画像に写った文字を読んでください
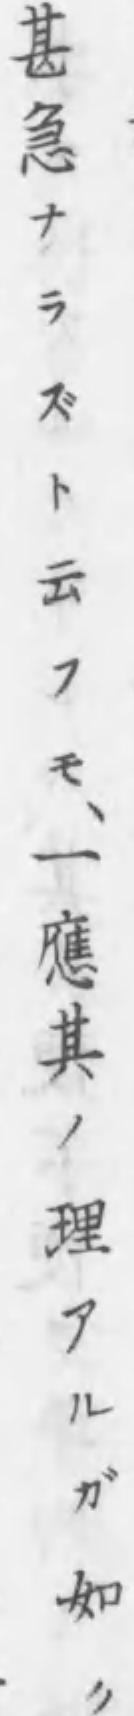
「甚急ナラズト云フモ、一應其ノ理アルガ如ク」と書いてあります